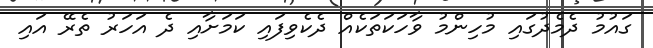
ގައުމު ދެމެދުގައި މުހިންމު ވާހަކަތަކެއް ދެކެވިފައި ކަމަށާއި ދެ އަހަރު ތެރޭ އައި